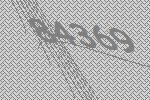
84369